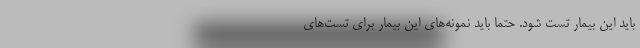
باید این بیمار تست شود. حتما باید نمونه‌های این بیمار برای تست‌های